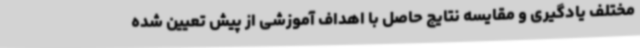
مختلف یادگیری و مقایسه نتایج حاصل با اهداف آموزشی از پیش تعیین شده